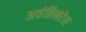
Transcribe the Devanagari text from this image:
अवंतिनरेश